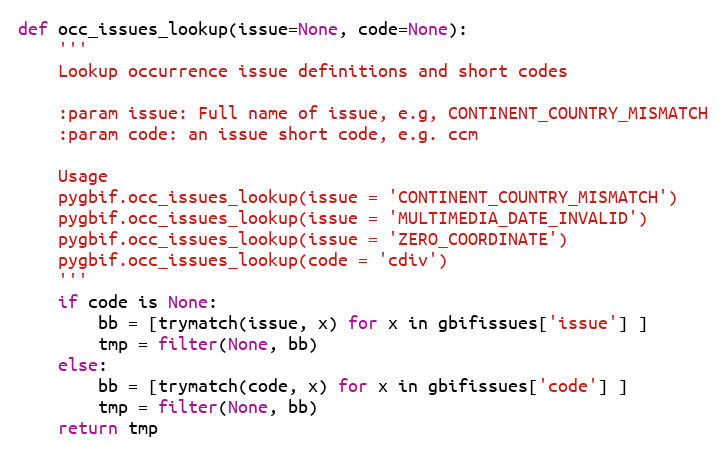
Language: Python
def occ_issues_lookup(issue=None, code=None):
    '''
    Lookup occurrence issue definitions and short codes

    :param issue: Full name of issue, e.g, CONTINENT_COUNTRY_MISMATCH
    :param code: an issue short code, e.g. ccm

    Usage
    pygbif.occ_issues_lookup(issue = 'CONTINENT_COUNTRY_MISMATCH')
    pygbif.occ_issues_lookup(issue = 'MULTIMEDIA_DATE_INVALID')
    pygbif.occ_issues_lookup(issue = 'ZERO_COORDINATE')
    pygbif.occ_issues_lookup(code = 'cdiv')
    '''
    if code is None:
        bb = [trymatch(issue, x) for x in gbifissues['issue'] ]
        tmp = filter(None, bb)
    else:
        bb = [trymatch(code, x) for x in gbifissues['code'] ]
        tmp = filter(None, bb)
    return tmp